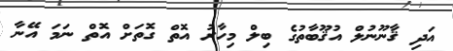
އަދި ޤާނޫނުލް އުޤޫބާތުގެ ބިލް މިހާރު އޮތް ގޮތަށް އޮތް ނަމަ އޭނާ